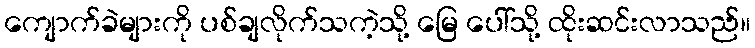
ကျောက်ခဲများကို ပစ်ချလိုက်သကဲ့သို့ မြေ ပေါ်သို့ ထိုးဆင်းလာသည်။